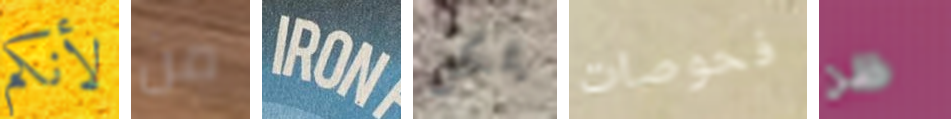
لأنكم من IRON يمكن فحوصات ظن